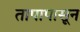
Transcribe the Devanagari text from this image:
तापापासून